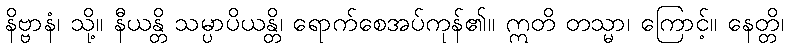
နိဗ္ဗာနံ၊ သို့။ နီယန္တိ သမ္ပာပိယန္တိ၊ ရောက်စေအပ်ကုန်၏။ ဣတိ တသ္မာ၊ ကြောင့်။ နေတ္တိ၊